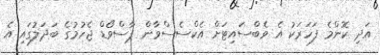
އަދި ކޮންމެ ފަހަރަކު އެ ވެބްސައިޓަށް އެކްސެސްވާން ޕާސްވޯޑް ޖެހުމުގެ ބަދަލުގައި އެ